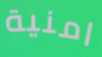
امنية